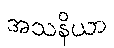
အသနိယာ